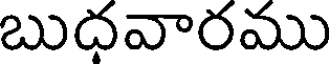
బుధవారము